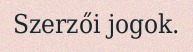
Szerzői jogok.